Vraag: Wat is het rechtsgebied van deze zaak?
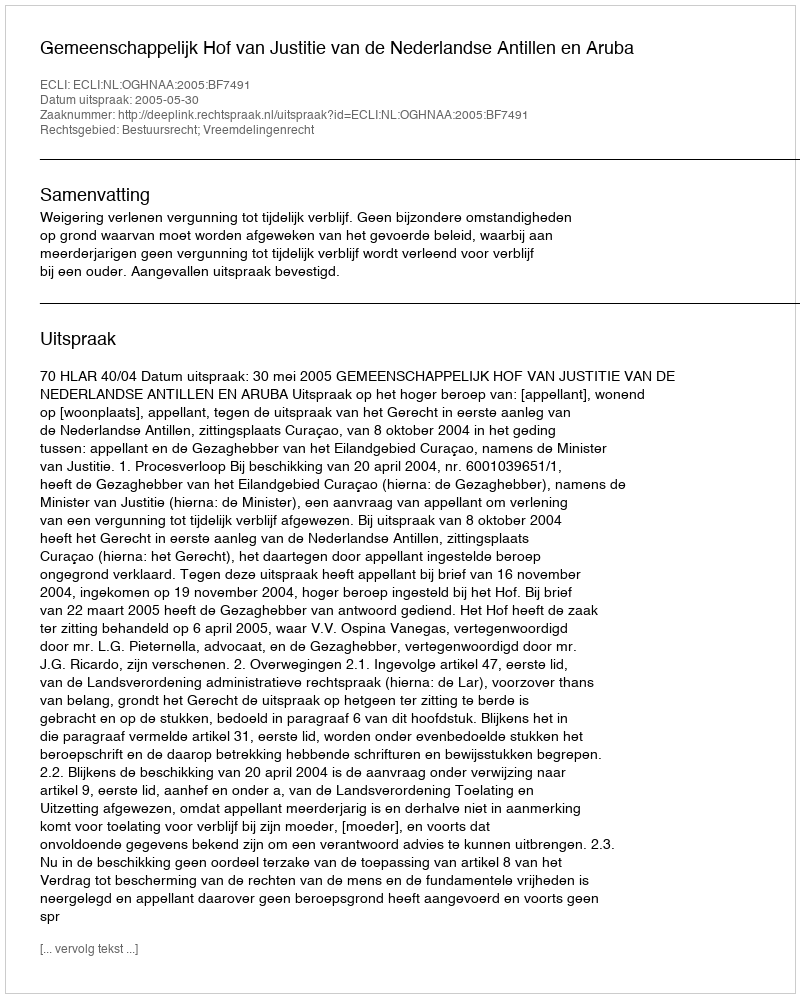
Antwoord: Bestuursrecht; Vreemdelingenrecht